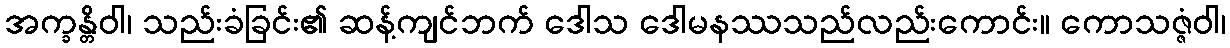
အက္ခန္တိဝါ၊ သည်းခံခြင်း၏ ဆန့်ကျင်ဘက် ဒေါသ ဒေါမနဿသည်လည်းကောင်း။ ကောသဇ္ဇံဝါ၊